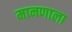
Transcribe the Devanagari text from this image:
मानणाला